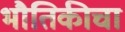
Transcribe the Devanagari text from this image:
भौतिकीचा